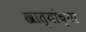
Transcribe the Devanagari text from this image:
खात्यांच्या